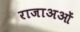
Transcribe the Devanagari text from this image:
राजाअओं